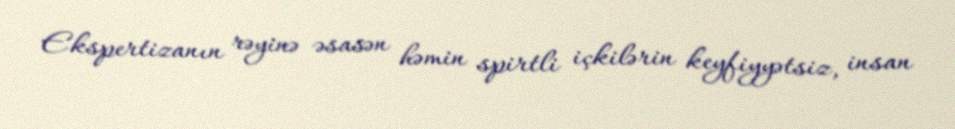
Ekspertizanın rəyinə əsasən həmin spirtli içkilərin keyfiyyətsiz, insan